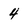
Character: 4